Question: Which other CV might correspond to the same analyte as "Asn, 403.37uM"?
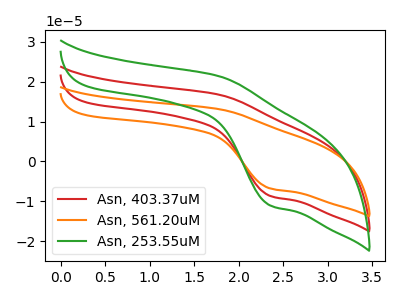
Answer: <think>The red curve "Asn, 403.37uM" has an anodic peak at (1.75V, 16.80uA) and a cathodic peak at (2.35V, -8.65uA). The orange curve "Asn, 561.20uM" has an anodic peak at (1.75V, 33.60uA) and a cathodic peak at (2.35V, -17.30uA). The green curve "Asn, 253.55uM" has an anodic peak at (1.75V, 21.45uA) and a cathodic peak at (2.35V, -11.05uA).
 All the peaks in "Asn, 403.37uM" have a peak in "Asn, 561.20uM" at the same potential. Every peak in "Asn, 403.37uM" is lower than every peak in "Asn, 561.20uM". All the peaks in "Asn, 403.37uM" have a peak in "Asn, 253.55uM" at the same potential. Every peak in "Asn, 403.37uM" is lower than every peak in "Asn, 253.55uM". All the peaks in "Asn, 561.20uM" have a peak in "Asn, 253.55uM" at the same potential. Every peak in "Asn, 561.20uM" is higher than every peak in "Asn, 253.55uM".</think>
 <answer>"Asn, 403.37uM" and "Asn, 561.20uM" have a similar shape to "Asn, 253.55uM".</answer>
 <eval>"Asn, 403.37uM" "Asn, 561.20uM"</eval>